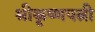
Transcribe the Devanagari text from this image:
श्रीकृष्णपत्नी